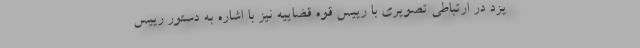
یزد در ارتباطی تصویری با رییس قوه قضاییه نیز با اشاره به دستور رییس